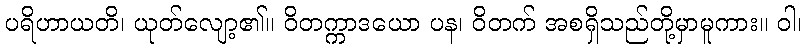
ပရိဟာယတိ၊ ယုတ်လျော့၏။ ဝိတက္ကာဒယော ပန၊ ဝိတက် အစရှိသည်တို့မှာမူကား။ ဝါ၊